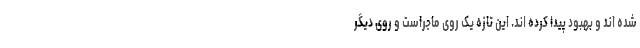
شده اند و بهبود پیدا کرده اند. این تازه یک روی ماجراست و روی دیگر